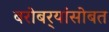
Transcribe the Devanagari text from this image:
बरोबर्‍यांसोबत